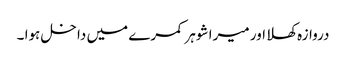
دروازہ کھلا اور میرا شوہر کمرے میں داخل ہوا ۔